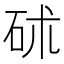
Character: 𥑡